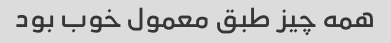
همه چیز طبق معمول خوب بود